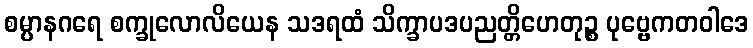
စမ္ပာနဂရေ စက္ခုလောလိယေန သဒရထံ သိက္ခာပဒပညတ္တိဟေတုဉ္စ ပုဗ္ဗေကတဝါဒေ